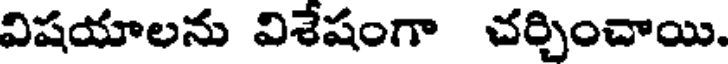
విషయాలను విశేషంగా చర్చించాయి.